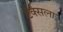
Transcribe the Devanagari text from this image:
टेक्सला